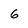
Character: 6